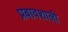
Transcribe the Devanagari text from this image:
प्रबावशाली